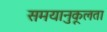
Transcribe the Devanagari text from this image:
समयानुकूलता